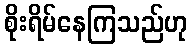
စိုးရိမ်နေကြသည်ဟု